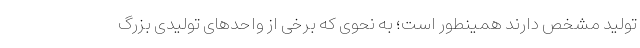
تولید مشخص دارند همینطور است؛ به نحوی که برخی از واحدهای تولیدی بزرگ